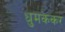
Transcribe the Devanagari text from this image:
धुमकेकर